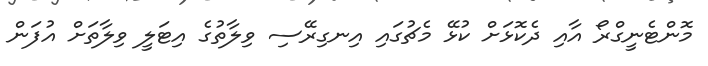
މޮންޓެނީގްރޯ އާއި ދެކޮޅަށް ކުޅޭ މެޗުގައި އިނގިރޭސި ވިލާތުގެ އިޓަލީ ވިލާތަށް އުފަން